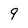
Character: 9